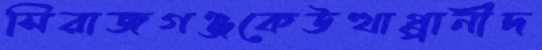
সিরাজগঞ্জকেউত্থাপ্পানীদ